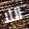
اللا